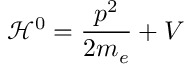
{ \mathcal { H } } ^ { 0 } = { \frac { p ^ { 2 } } { 2 m _ { e } } } + V